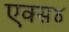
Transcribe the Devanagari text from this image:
एक्स४